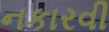
નકારવી